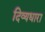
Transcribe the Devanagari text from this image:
दिव्यधारा